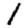
Digit: 1